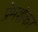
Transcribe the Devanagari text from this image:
प्रेमशंकर